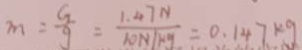
m = \frac { G } { g } = \frac { 1 . 4 7 N } { 1 0 N / k g } = 0 . 1 4 . 7 k g